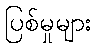
ပြစ်မှုများ